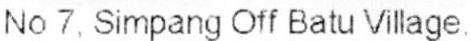
NO 7, SIMPANG OFF BATU VILLAGE,